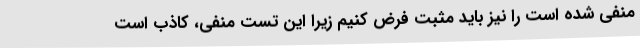
منفی شده است را نیز باید مثبت فرض کنیم زیرا این تست منفی، کاذب است